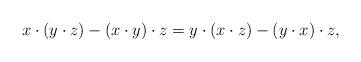
LaTeX: \begin{align*}x\cdot(y\cdot z)-(x\cdot y)\cdot z=y\cdot(x\cdot z)-(y\cdot x)\cdot z,\end{align*}